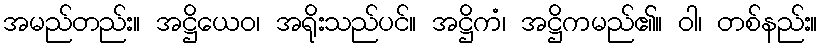
အမည်တည်း။ အဋ္ဌိယေဝ၊ အရိုးသည်ပင်။ အဋ္ဌိကံ၊ အဋ္ဌိကမည်၏။ ဝါ၊ တစ်နည်း။